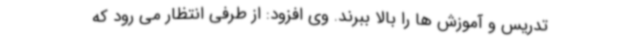
تدریس و آموزش ها را بالا ببرند. وی افزود: از طرفی انتظار می رود که